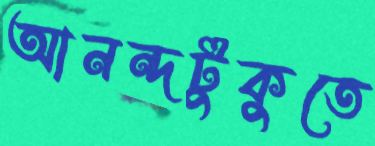
আনন্দটুকুতে